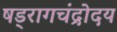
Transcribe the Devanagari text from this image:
षड्रागचंद्रोदय